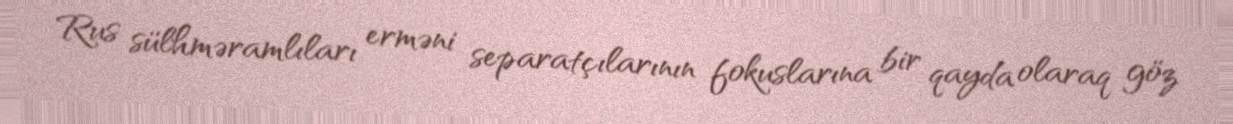
Rus sülhməramlıları erməni separatçılarının fokuslarına bir qayda olaraq göz